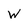
Character: W